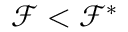
\mathcal { F } < \mathcal { F } ^ { * }